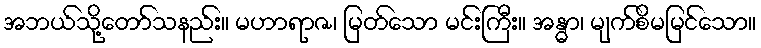
အဘယ်သို့တော်သနည်း။ မဟာရာဇ၊ မြတ်သော မင်းကြီး။ အန္ဓာ၊ မျက်စိမမြင်သော။